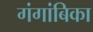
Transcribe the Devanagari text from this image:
गंगांबिका